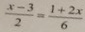
\frac { x - 3 } { 2 } = \frac { 1 + 2 x } { 6 }